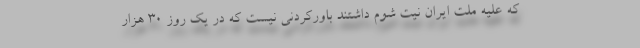
که علیه ملت ایران نیت شوم داشتند باورکردنی نیست که در یک روز ۳۰ هزار